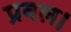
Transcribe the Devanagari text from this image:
प्रबल।